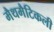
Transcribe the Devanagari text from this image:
मैथमैटिकली